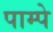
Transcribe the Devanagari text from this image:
पाम्पे